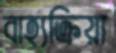
বাহ্যক্রিয়া